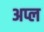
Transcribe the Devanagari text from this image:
अप्ल